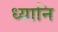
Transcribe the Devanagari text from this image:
ध्यानि